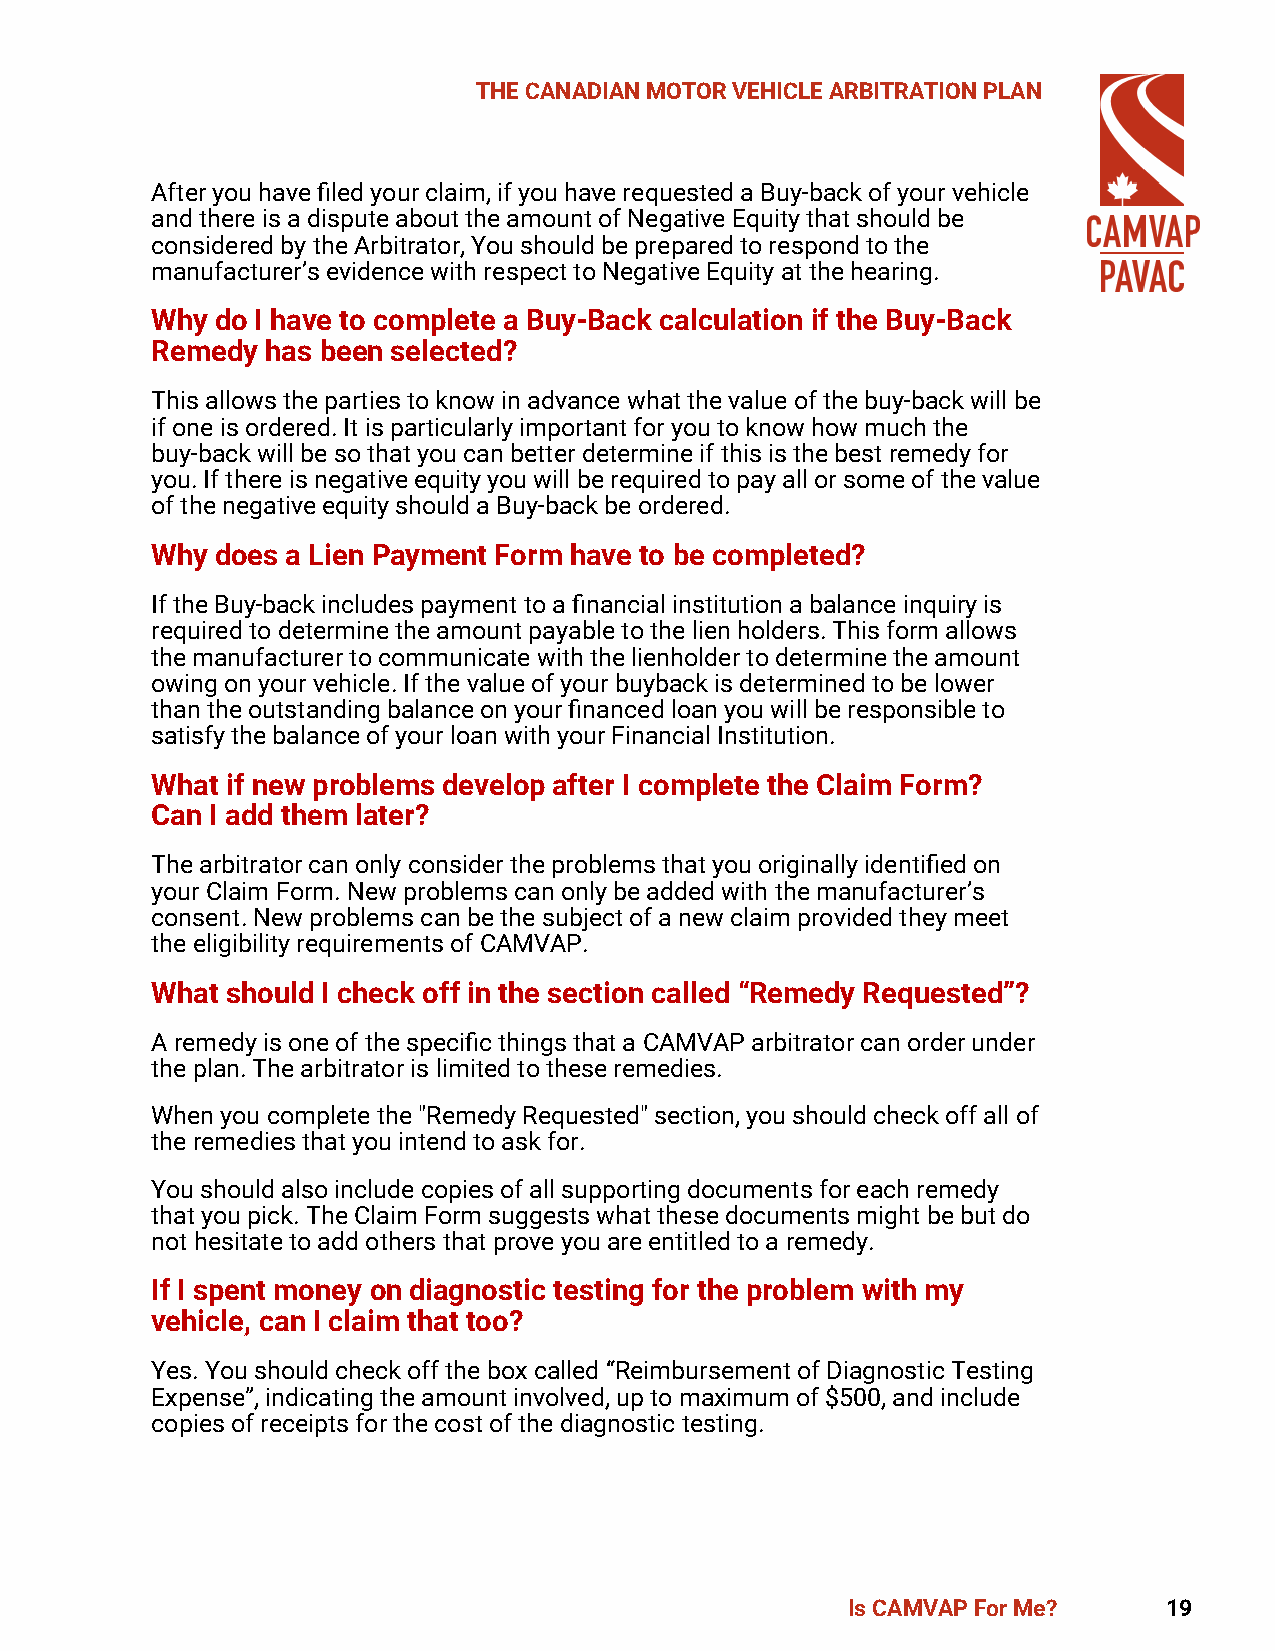
THE CANADIAN MOTOR VEHICLE ARBITRATION PLAN
 After you have filed your claim, if you have requested a Buy-back of your vehicle
 and there is a dispute about the amount of Negative Equity that should be
 considered by the Arbitrator, You should be prepared to respond to the
 manufacturer’s evidence with respect to Negative Equity at the hearing.
 Why do I have to complete a Buy-Back calculation if the Buy-Back
 Remedy  has been selected?
 This allows the parties to know in advance what the value of the buy-back will be
 if one is ordered. It is particularly important for you to know how much the
 buy-back will be so that you can better determine if this is the best remedy for
 you. If there is negative equity you will be required to pay all or some of the value
 of the negative equity should a Buy-back be ordered.
 Why does a Lien Payment Form have to be completed?
 If the Buy-back includes payment to a financial institution a balance inquiry is
 required to determine the amount payable to the lien holders. This form allows
 the manufacturer to communicate with the lienholder to determine the amount
 owing on your vehicle. If the value of your buyback is determined to be lower
 than the outstanding balance on your financed loan you will be responsible to
 satisfy the balance of your loan with your Financial Institution.
 What if new problems develop after I complete the Claim Form?
 Can I add them later?
 The arbitrator can only consider the problems that you originally identified on
 your Claim Form. New problems can only be added with the manufacturer’s
 consent. New problems can be the subject of a new claim provided they meet
 the eligibility requirements of CAMVAP.
 What should I check off in the section called “Remedy Requested”?
 A remedy is one of the specific things that a CAMVAP arbitrator can order under
 the plan. The arbitrator is limited to these remedies.
 When you complete the "Remedy Requested" section, you should check off all of
 the remedies that you intend to ask for.
 You should also include copies of all supporting documents for each remedy
 that you pick. The Claim Form suggests what these documents might be but do
 not hesitate to add others that prove you are entitled to a remedy.
 If I spent money on diagnostic testing for the problem with my
 vehicle, can I claim that too?
 Yes. You should check off the box called “Reimbursement of Diagnostic Testing
 Expense”, indicating the amount involved, up to maximum of $500, and include
 copies of receipts for the cost of the diagnostic testing.
 Is CAMVAP For Me?    19